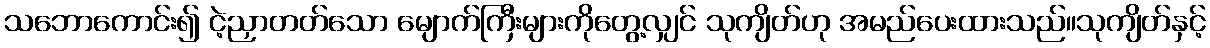
သဘောကောင်း၍ ငဲ့ညှာတတ်သော မျောက်ကြီးများကိုတွေ့လျှင် သုကျိတ်ဟု အမည်ပေးထားသည်။သုကျိတ်နှင့်